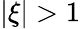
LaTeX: |\xi|>1